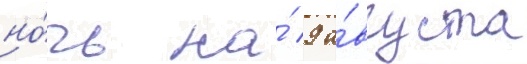
но́чь на́ 9 а́вгуста